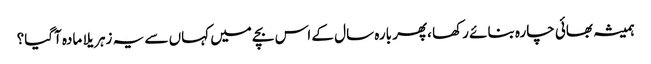
ہمیشہ بھائی چارہ بنائے رکھا ،پھر بارہ سال کے اس بچے میں کہاں سے یہ زہریلا مادہ آگیا؟